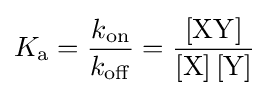
K_{\rm {a}}={k_{\rm {on}} \over k_{\rm {off}}}={[{\rm {XY}}] \over {[{\rm {X}}]\,[{\rm {Y}}]}}